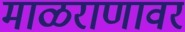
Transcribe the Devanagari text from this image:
माळराणावर